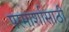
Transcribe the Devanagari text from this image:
परमार्शासाठी